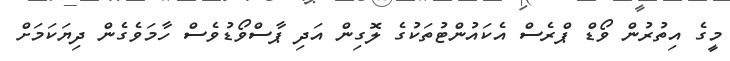
މީގެ އިތުރުން ވޯޑް ޕްރެސް އެކައުންޓުތަކުގެ ލޮގިން އަދި ޕާސްވޯޑުވެސް ހާމަވެގެން ދިޔަކަމަށް